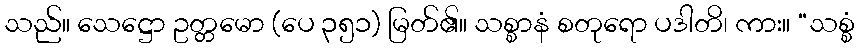
သည်။ သေဋ္ဌော ဥတ္တမော (ပေ ၃၅၁) မြတ်၏။ သစ္စာနံ စတုရော ပဒါတိ၊ ကား။ “သစ္စံ